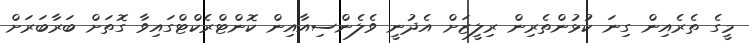
މީގެ ތެރެއިން ގިނަ ކުޅުންތެރިން ރިލީޒަށް އެދުނީ ވެލެންސިއާއިން ކޮންޓްރެކްޓްގައިވާ ގޮތަށް ބަރާބަރަށް